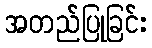
အတည်ပြုခြင်း